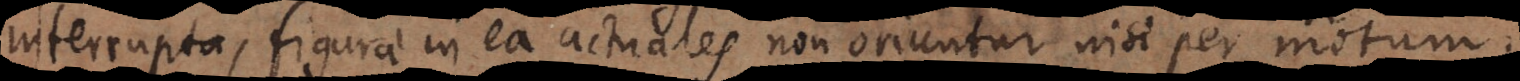
interrupta, figurae in ea actuales non oriuntur nisi per motum